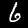
Label: 6